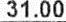
31.00